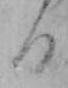
る